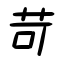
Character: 苛